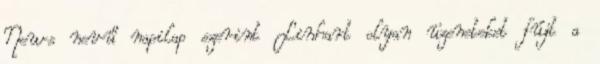
News nevű napilap szerint Linhart olyan üzeneteket fújt a